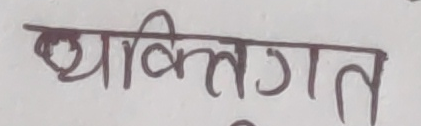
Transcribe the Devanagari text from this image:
व्यक्तिगत